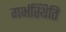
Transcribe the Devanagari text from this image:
गर्भस्थिति